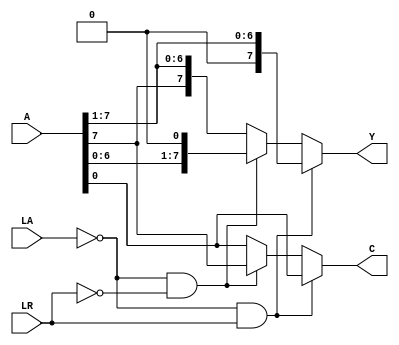
module shifter(A, LA, LR, Y, C);

  // inputs
input [7:0] A;
input LA, LR;
 
  // outputs
output reg [7:0] Y;
output reg C;


  // reg and internal variable definitions

 
  // implement module here
   always @(*)
	begin
		if (LA==0 & LR==1)
			begin
			Y = {1'b0, A[7:1]};
			C = A[0];
			end

	else if (LA==0 & LR==0)
		begin
		Y = {A[6:0], 1'b0};
		C = A[7];
		end

	else
		begin
		Y = {A[7], A[7:1]};
		C = A[0];
		end

	end
endmodule